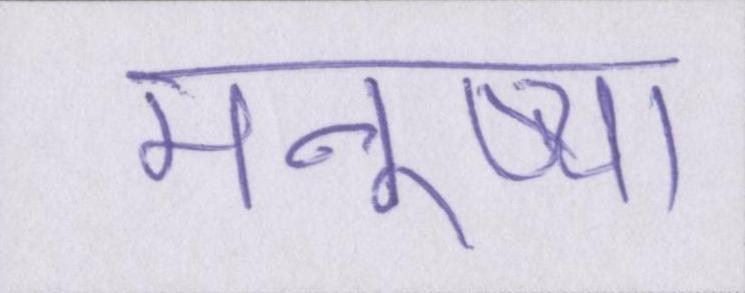
मनुष्यों